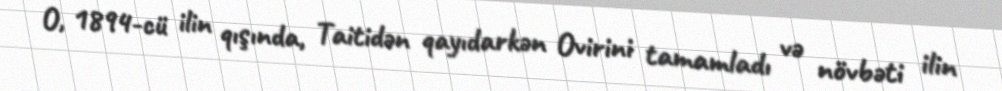
O, 1894-cü ilin qışında, Taitidən qayıdarkən Ovirini tamamladı və növbəti ilin